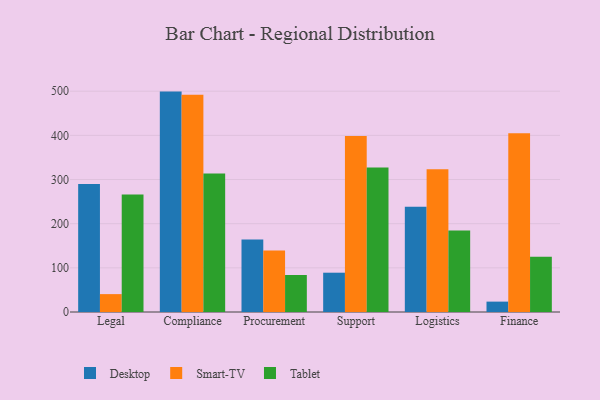
{"axis": {"x": "Department", "y": "Website Visitors"}, "legend": ["Desktop", "Smart-TV", "Tablet"], "data": [{"x": "Legal", "y": 290.0, "type": "Desktop"}, {"x": "Legal", "y": 40.5, "type": "Smart-TV"}, {"x": "Legal", "y": 266.0, "type": "Tablet"}, {"x": "Compliance", "y": 499.1, "type": "Desktop"}, {"x": "Compliance", "y": 492.2, "type": "Smart-TV"}, {"x": "Compliance", "y": 313.4, "type": "Tablet"}, {"x": "Procurement", "y": 164.2, "type": "Desktop"}, {"x": "Procurement", "y": 139.5, "type": "Smart-TV"}, {"x": "Procurement", "y": 83.8, "type": "Tablet"}, {"x": "Support", "y": 89.0, "type": "Desktop"}, {"x": "Support", "y": 398.3, "type": "Smart-TV"}, {"x": "Support", "y": 327.2, "type": "Tablet"}, {"x": "Logistics", "y": 238.1, "type": "Desktop"}, {"x": "Logistics", "y": 323.2, "type": "Smart-TV"}, {"x": "Logistics", "y": 184.4, "type": "Tablet"}, {"x": "Finance", "y": 23.5, "type": "Desktop"}, {"x": "Finance", "y": 404.9, "type": "Smart-TV"}, {"x": "Finance", "y": 125.0, "type": "Tablet"}]}